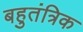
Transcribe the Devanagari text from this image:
बहुतंत्रिक